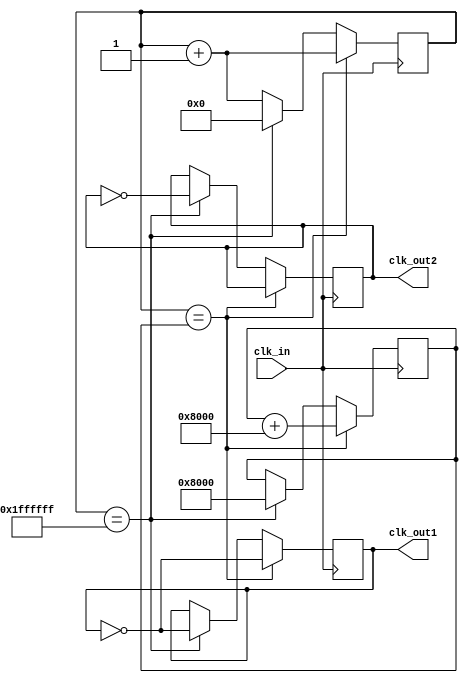
`timescale 1ns / 1ps
//////////////////////////////////////////////////////////////////////////////////
// Company: 
// Engineer: 
// 
// Design Name: 
// Module Name:    dongtai 
// Project Name: 
// Target Devices: 
// Tool versions: 
// Description: 
//
// Dependencies: 
//
// Revision: 
// Revision 0.01 - File Created
// Additional Comments: 
//
//////////////////////////////////////////////////////////////////////////////////
module fenpin(clk_in, clk_out1, clk_out2);
  input clk_in;
  output reg clk_out1=1'b0;
  output reg clk_out2=1'b0;
  reg [31:0] k=0;
  reg [31:0] j=32768;

always @( posedge clk_in)
	if(k==j)
		begin
			clk_out1<=~clk_out1;
			j=j+32768;
			k<=k+1;
			end
		else if(k==33554431)
		begin
		clk_out1<=~clk_out1;
		clk_out2<=~clk_out2;
		k<=0;
		j=32768;
		end
		else
         k<=k+1;
endmodule

module dongtai(clk, data_out, state);
input clk;
output reg [3:0] data_out;
output reg [1:0] state;

parameter s0 = 2'b00;
parameter s1 = 2'b01;
parameter s2 = 2'b10;
parameter s3 = 2'b11;

always @(posedge clk)
	begin
		state <= s0;
			case (state)
				s0:
				begin
				state <= s1;
				data_out <= 4'b1110;
				end
				s1:
				begin
				state <= s2;
				data_out <= 4'b1101;
				end
				s2:
				begin
				state <= s3;
				data_out <= 4'b1011;
				end
				s3:
				begin
				state <= s0;
				data_out <= 4'b0111;
				end
			endcase
	end
endmodule